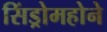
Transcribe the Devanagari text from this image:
सिंड्रोमहोने